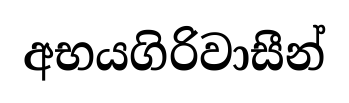
අභයගිරිවාසීන්